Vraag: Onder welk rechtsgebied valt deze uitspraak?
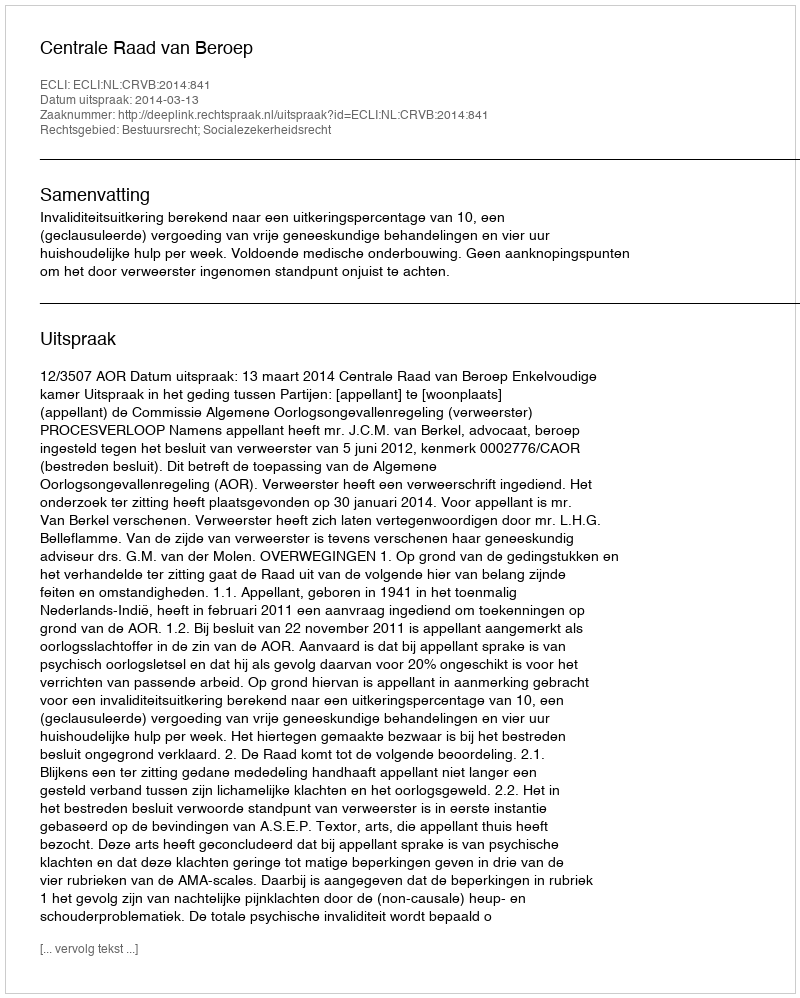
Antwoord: Bestuursrecht; Socialezekerheidsrecht